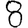
Digit: 8